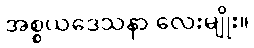
အစ္စယဒေသနာ လေးမျိုး။